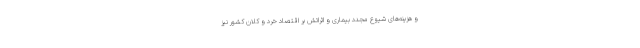
و هزینه‌های شیوع مجدد بیماری و اثراتش بر اقتصاد خرد و کلان کشور نیز